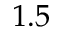
1 . 5